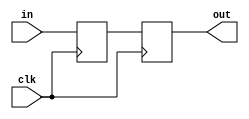
module PC (in, clk, out);

	input [5:0] in;
	input clk;
	reg [5:0] PCreg;
	output reg [5:0] out;
	
	always @(posedge clk) begin
	
		PCreg <= in;
		out <= PCreg;
		
	end

endmodule